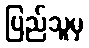
ပြည်သူမှ